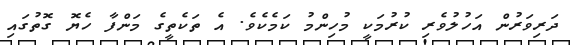
ދަރިވަރުން އަހުލުވެރި ކުރުމަކީ މުހިންމު ކަމެކެވެ. އެ ތަކެތީގެ މަންފާ ހެޔޮ ގޮތުގައި